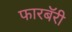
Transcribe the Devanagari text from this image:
फारबॅरी